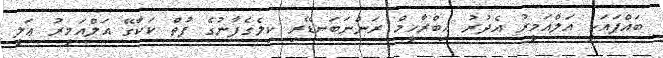
ބައްޕައަކީ އަލްއަމީރު އެދުރު އިބްރާހީމް ރަންނަބަނޑޭރި ކިލެގެފާނުގެ ފުތް ކަކާގޭ އަލްއަމީރު ޢަލީ